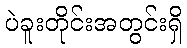
ပဲခူးတိုင်းအတွင်းရှိ